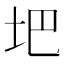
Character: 𪣀